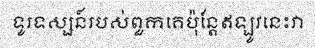
ទូរទស្សន៍របស់ពួកគេប៉ុន្តែឥឡូវនេះវា